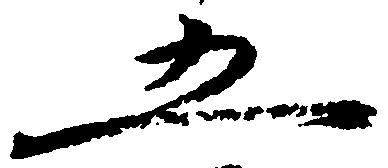
五